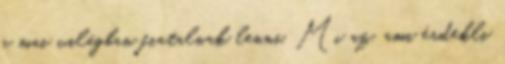
a mai világban fiatalnak lenni. Mi az, ami érdekli